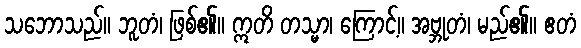
သဘောသည်။ ဘူတံ၊ ဖြစ်၏။ ဣတိ တသ္မာ၊ ကြောင့်။ အဗ္ဘုတံ၊ မည်၏။ ဧတံ